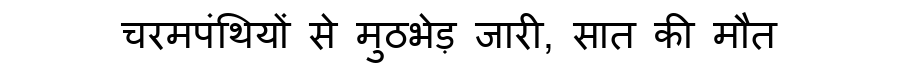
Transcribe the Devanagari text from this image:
चरमपंथियों से मुठभेड़ जारी, सात की मौत